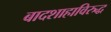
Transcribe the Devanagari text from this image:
बादशाहाविरुद्ध